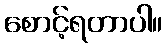
စောင့်ရတာပါ။